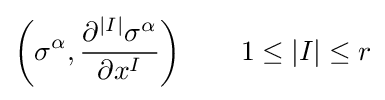
\left(\sigma ^{\alpha },{\frac {\partial ^{|I|}\sigma ^{\alpha }}{\partial x^{I}}}\right)\qquad 1\leq |I|\leq r